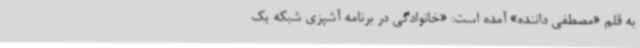
به قلم «مصطفی داننده» آمده است: «خانوادگی در برنامه آشپزی شبکه یک